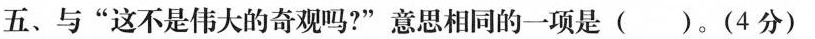
五、与”这不是伟大的奇观吗?”意思相同的一项是()。(4分)